Lunatic asylums Bombay report 1878-1890 - 1878-1890
Year: 1878
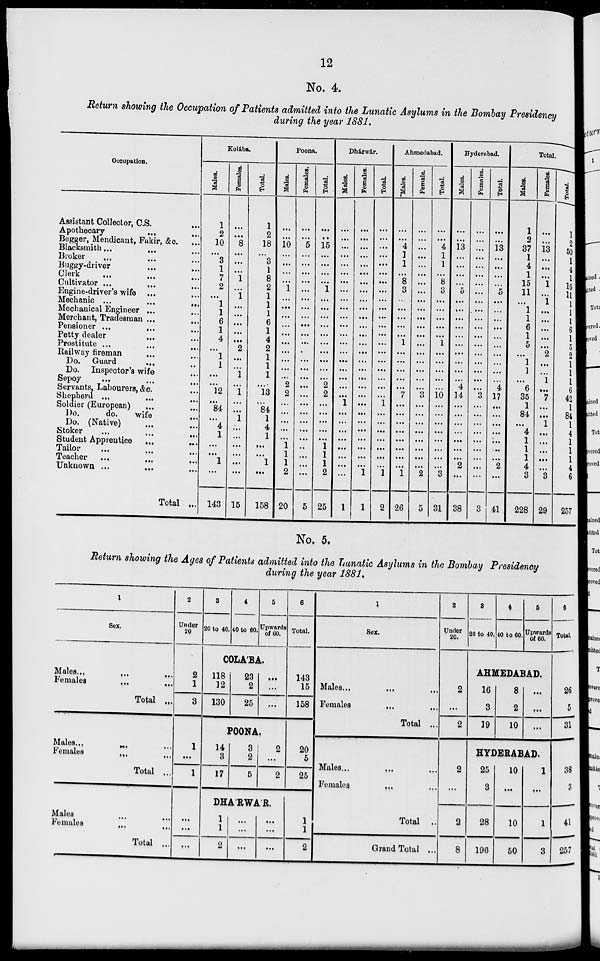
12
No. 4.
Return showing the Occupation of Patients admitted into the Lunatic Asylums in the Bombay Presidency
during the year 1881.
Occupation.
Assistant Collector, C.S. ...
Apothecary ... ...
Begger, Mendicant, Fakir, & c. ...
Blacksmith ... ... ...
Broker ... ... ...
Buggy-driver ... ...
Clerk ... ...
Cultivator ... ... ...
Engine-driver's wife ... ...
Mechanic ...
...
...
Mechanical Engineer ... ...
Merchant, Tradesman ... ...
Pensioner ...
...
...
Petty dealer ... ...
Prostitute ...
...
...
Railway fireman ... ...
Do.
Guard ... ...
Do.
Inspector's wife ...
Sepoy
... ... ...
Servants, Labourers, &c. ...
Shepherd ... ... ...
Soldier (European) ... ...
Do.
do.
wife
...
Do. (Native) ... ...
Stoker ... ... ...
Student Apprentice
...
...
Tailor ... ... ...
Teacher
...
...
...
Unknown ... ... ...
Total ...
Kolába.
Males.
1
2
10
...
3
1
7
2
...
1
1
6
1
4
...
1
1
...
...
12
...
84
...
4
1
...
...
1
...
143
Females.
...
...
8
...
...
...
1
...
1
...
...
...
...
...
2
...
...
1
...
1
...
...
1
...
...
...
...
...
...
15
Total.
1
2
18
...
3
1
8
2
1
1
1
6
1
4
2
1
1
1
13
...
84
1
4
1
...
...
1
...
158
Poona.
Males.
...
...
10
...
...
...
...
1
...
...
...
...
...
...
...
...
...
...
2
2
...
...
...
...
...
1
1
1
2
20
Females.
...
...
5
...
...
...
...
...
...
...
...
...
...
...
...
...
...
...
...
...
...
...
...
...
...
...
...
...
...
5
Total.
...
...
15
...
...
...
...
1
...
...
...
...
...
...
...
...
...
...
2
2
...
...
...
...
...
1
1
1
2
25
Dhárwár.
Males.
...
...
...
...
...
...
...
...
...
...
...
...
...
...
...
...
...
...
...
...
1
...
...
...
...
...
...
...
...
1
Females.
...
...
...
...
...
...
...
...
...
...
...
...
...
...
...
...
...
...
...
...
...
...
...
...
...
...
...
...
1
1
Total.
...
...
...
...
...
...
...
...
...
...
...
...
...
...
...
...
...
...
...
...
1
...
...
...
...
...
...
...
1
2
Ahmedabad.
"Males.
...
...
4
1
1
...
8
3
...
...
...
...
...
1
...
...
...
...
...
7
...
...
...
...
...
...
...
...
1
26
Female.
...
...
...
...
...
...
...
...
...
...
...
...
...
...
...
...
...
...
...
3
...
...
...
...
...
...
...
...
2
5
Total.
...
...
4
1
1
...
8
3
...
...
...
...
...
1
...
...
...
...
...
10
...
...
...
...
...
...
...
...
3
31
Hyderabad.
Males.
...
...
13
...
...
...
...
5
...
...
...
...
...
...
...
...
...
...
4
14
...
...
...
...
...
...
...
2
...
38
Females.
...
...
...
...
...
...
...
...
...
...
...
...
...
...
...
...
...
...
...
3
...
...
...
...
...
...
...
...
...
3
Total.
...
...
13
...
...
...
...
5
...
...
...
...
...
...
...
...
...
...
4
17
...
...
...
...
...
...
...
2
...
41
Total.
Males.
1
2
37
1
4
1
15
11
...
1
1
6
1
5
...
1
1
...
6
35
1
84
...
4
1
1
1
4
3
228
Females.
...
...
13
...
...
...
1
...
1
...
...
...
...
...
2
...
...
1
...
7
...
...
1
...
...
...
...
...
3
29
Total.
1
2
50
1
4
1
16
11
1
1
1
6
1
5
2
1
1
1
6
42
1
84
1
4
1
1
1
4
6
257
No. 5.
Return showing the Ages of Patients admitted into the Lunatic Asylums in the Bombay Presidency
during the year 1881,
1
Sex.
Males ... ... ...
Females
...
...
Total ...
Males ...
Females ...
Total ...
Males ... ...
Females ... ...
Total ...
2
Under
20
2
1
3
1
...
1
...
...
...
3
20 to 40.
4
40 to 60.
5
Upwards
of 60.
COLA'BA.
118
12
130
23
2
25
...
...
...
POONA.
14
3
17
3
2
5
2
...
2
DHA'RWA'R.
1
1
2
...
...
...
...
...
...
6
Total.
143
15
158
20
5
25
1
1
2
1
Sex.
Males ... ... ...
Females
...
...
Total ...
Males ...
...
...
Females ... ...
Total ...
Grand Total ...
2
Under
20.
2
...
2
2
...
2
8
3
20 to 40.
4
40 to 60.
5
Upwards
of 60.
AHMEDABAD.
16
3
19
8
2
10
...
...
...
HYDERABAD.
25
3
28
196
10
...
10
50
1
...
1
3
6
Total
26
5
31
38
3
41
257